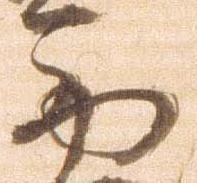
西